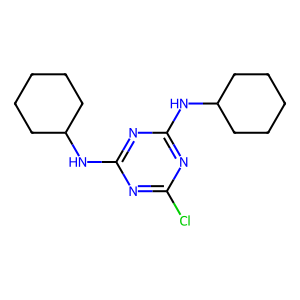
SMILES: Clc1nc(NC2CCCCC2)nc(NC2CCCCC2)n1
Inhibits HIV replication: No